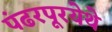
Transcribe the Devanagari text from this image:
पंढरपूरयेथे